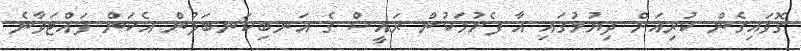
ގޮވައިގެން ކުރިއަށް ދިޔުމުގައި އާ ފެށުމަކުން ރައީސް ގެ އަނބިކަނބަލުން އެކަން ފައްޓަވާނެ